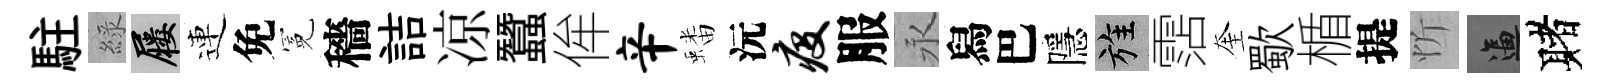
駐綠屨連免冕穡詰凉蠶侔辛蟠沅疫服永舄巴隱旌霑奎歜楯提忻逼赌